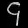
Digit: ၄